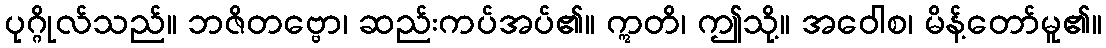
ပုဂ္ဂိုလ်သည်။ ဘဇိတဗ္ဗော၊ ဆည်းကပ်အပ်၏။ ဣတိ၊ ဤသို့။ အဝေါစ၊ မိန့်တော်မူ၏။